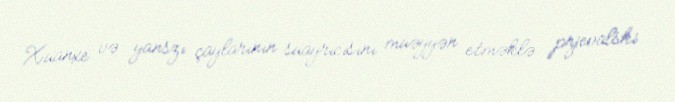
Xuanxe və yanszı çaylarının suayrıcısını müəyyən etməklə prjevalski